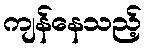
ကျန်နေသည့်